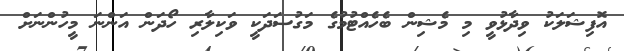
އޮފިޝަލަކު ވިދާޅުވީ މި މެޝިން ބެހެއްޓުމުގެ މަގުސަދަކީ ވަކިލާރި ހޯދަން އަންނަ މީހުންނަށް